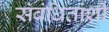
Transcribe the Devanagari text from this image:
संबंधितांशी